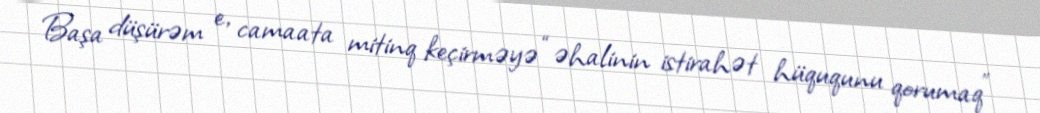
Başa düşürəm e, camaata mitinq keçirməyə “əhalinin istirahət hüququnu qorumaq”